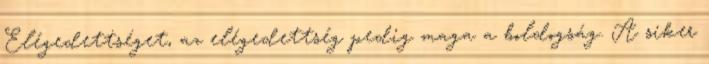
Elégedettséget, az elégedettség pedig maga a boldogság. A siker